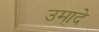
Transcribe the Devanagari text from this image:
उमादे